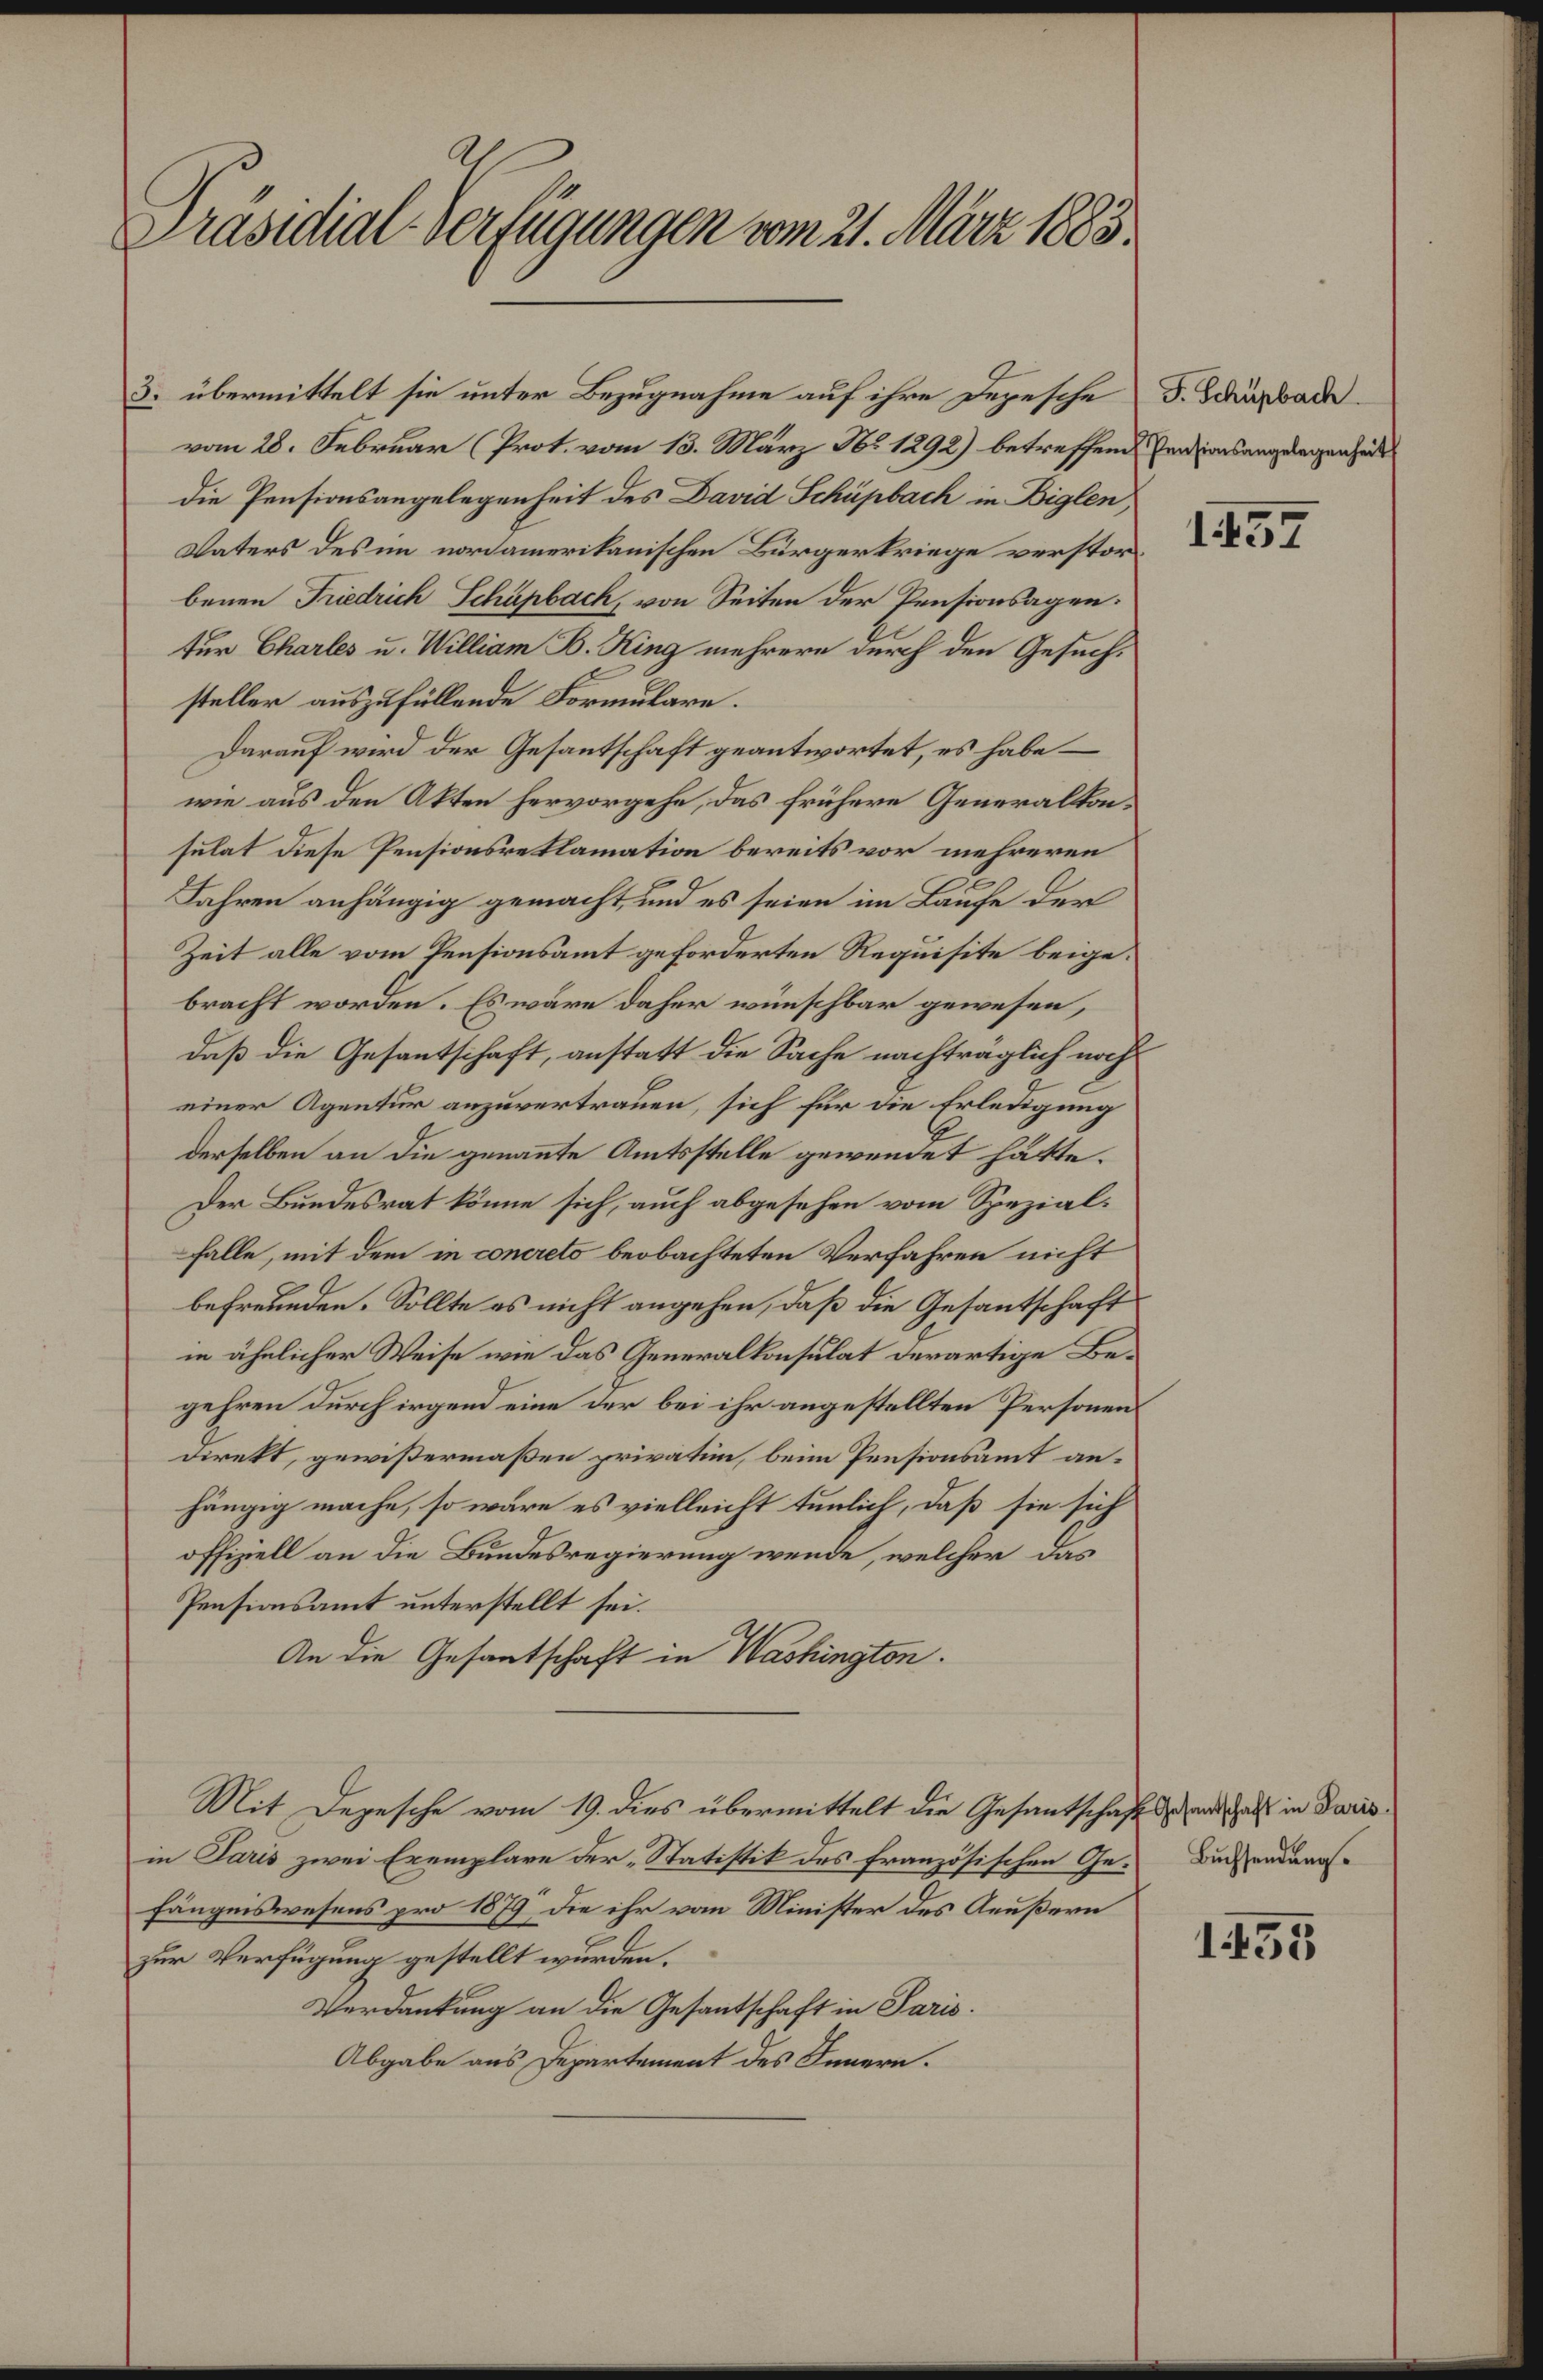
Präsidial-Verfügungen vom 21. März 1883.

vom 28. Februar (Prot. vom 13. März No 1292) betreffend Pensionsangelegenheits
die Pensionsangelegenheit des David Schüpbach in Biglen,
Vaters des im nordamerikanischen Bürgerkriege verstorbenen Friedrich Schüpbach, von Seiten der Pensionsagen.
tur Charles u. William B. King mehrere durch den Gesuchsteller auszufüllende Formulare.
Darauf wird der Gesantschaft geantwortet, es habe –
wie aus den Akten hervorgehe, das frühere Generalkonsulat diese Pensionsreklamation bereits vor mehreren
Jahren anhängig gemacht, und es seien im Laufe der
Zeit alle vom Pensionsamt geforderten Requisite beigebracht worden. Es wäre daher wünschbar gewesen,
daß die Gesantschaft, anstatt die Sache nachträglich noch
einer Agentur anzuvertrauen, sich für die Erledigung
derselben an die genannte Amtsstelle gewendet hätte.
Der Bundesrat könne sich, auch abgesehen vom Spezialfalle, mit dem in concreto beobachteten Verfahren nicht
befreunden. Sollte es nicht angehen, daß die Gesantschaft
in ähnlicher Weise wie das Generalkonsulat derartige Begehren durch irgend eine der bei ihr angestellten Personen
Direkt, gewißermaßen privation, beim Pensionsamt anhängig mache, so wäre es vielleicht tunlich, daß sie sich
offiziell an die Bundesregierung wende, welcher das
Pensionsamt unterstellt sei.
An die Gesantschaft in Washington.
Mit Depesche vom 19. dies übermittelt die Gesantschaft danach in Davis
in Paris zwei Exemplare der „Statistik des französischen Gefängniswesens pro 1879, die ihr vom Minister des Aeußern
zur Verfügung gestellt wurden.
Verdankung an die Gesantschaft in Paris.
Abgabe aus Departement des Innern.

3. übermittelt sie unter Bezugnahme auf ihre Depesche F. Schürbache

1457

Buchsendung.

1155